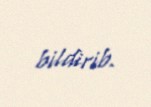
bildirib.